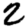
Digit: 2